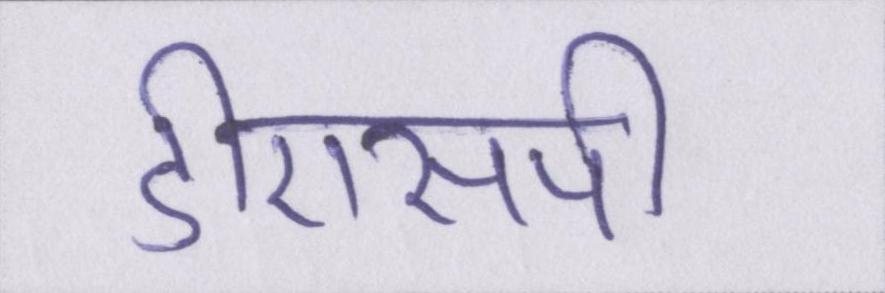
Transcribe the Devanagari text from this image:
डीएसपी